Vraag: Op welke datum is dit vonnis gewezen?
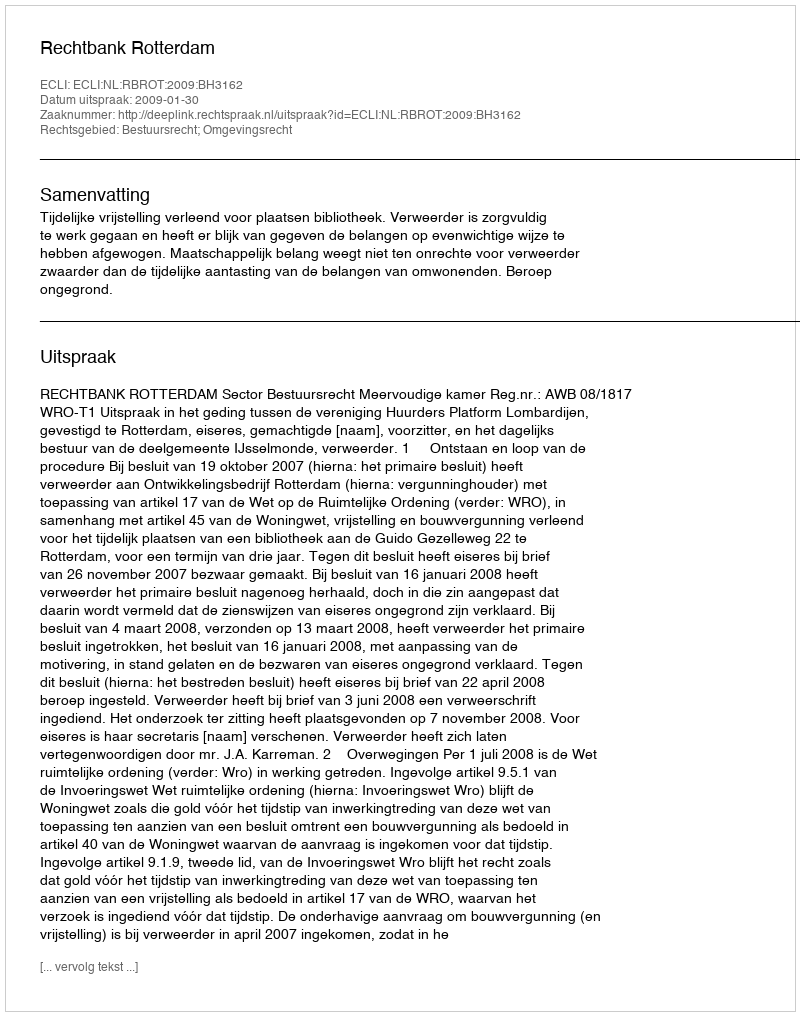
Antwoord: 2009-01-30